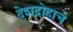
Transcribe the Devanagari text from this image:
देशद्रोहाचे